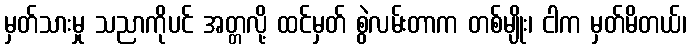
မှတ်သားမှု သညာကိုပင် အတ္တလို့ ထင်မှတ် စွဲလမ်းတာက တစ်မျိုး၊ ငါက မှတ်မိတယ်၊